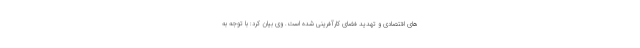
های اقتصادی و تهدید فضای کارآفرینی شده است. وی بیان کرد: با توجه به